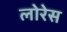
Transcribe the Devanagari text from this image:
लोरेस